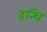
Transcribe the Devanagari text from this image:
हत्थि